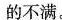
的不满。